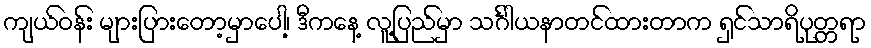
ကျယ်ဝန်း များပြားတော့မှာပေါ့၊ ဒီကနေ့ လူ့ပြည်မှာ သင်္ဂါယနာတင်ထားတာက ရှင်သာရိပုတ္တရာ